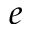
e